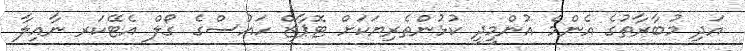
އަދި މުބާރާތުގެ އެންމެ އުންމީދީ ކުޅުންތެރިޔަކަށް ޓޮޕާޒް ހައުސްގެ ގޯލް އެޓޭކަރ ނާއިލާ